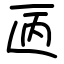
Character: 㔷